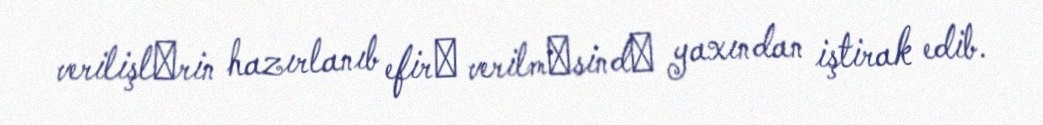
verilişlәrin hazırlanıb efirә verilmәsindә yaxından iştirak edib.